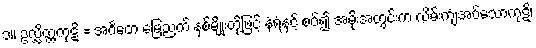
၁။ ဥလ္လိတ္တကုဋိ = အင်္ဂတေ မြေညက် နှစ်မျိုးတို့ဖြင့် နံရံနှင့် စပ်၍ အမိုးအတွင်းက လိမ်းကျံအပ်သောကုဋိ၊